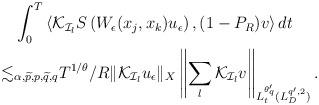
LaTeX: \begin{align*}\begin{aligned}&\int_{0}^T\left<\mathcal{K}_{\mathcal{I}_l}S\left(W_\epsilon(x_j,x_k)u_\epsilon\right),(1-P_R)v\right>dt\\\lesssim&_{\alpha,\widetilde{p},p,\widetilde{q},q} T^{1/\theta}/R\|\mathcal{K}_{\mathcal{I}_l}u_\epsilon\|_X\left\|\sum_{l}\mathcal{K}_{\mathcal{I}_l}v\right\|_{L_t^{\theta_q'}(L^{q',2}_D)}.\end{aligned}\end{align*}